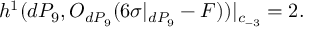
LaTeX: h ^ { 1 } ( d P _ { 9 } , { \cal O } _ { d P _ { 9 } } ( 6 \sigma | _ { d P _ { 9 } } - F ) ) | _ { c _ { - 3 } } = 2 .